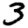
Digit: 3